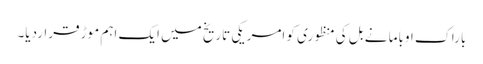
باراک اوباما نے بل کی منظوری کو امریکی تاریخ میں ایک اہم موڑ قراردیا۔